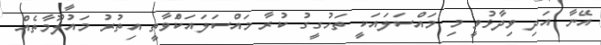
އޭނާ އަދި ވިދާޅުވީ މި މައްސަލައަކީ ތަހުގީގު ކުރާ މައްސަލައަކަްވާތީ އިތުރު މައުލޫމާތެއް